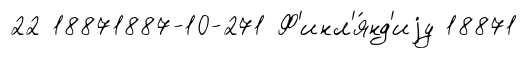
22 18871887-10-271 Ф'инл'я́нд'иjу 18871